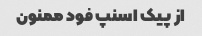
از پیک اسنپ فود ممنون